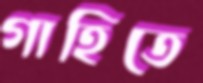
গাহিতে